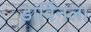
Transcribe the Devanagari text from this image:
डार्विनला